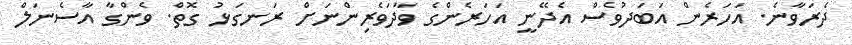
ދެރަވާނެ. އަހަރެން އަބަދުވެސް އެދޭނީ އަހަރެންގެ ވާދަވެރިންނަށް ރަނގަޅު ގޮތް. ވެންގާ އާސެނަލް